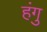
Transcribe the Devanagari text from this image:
हंगु